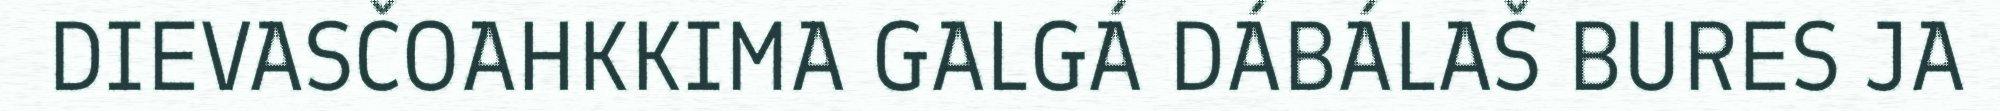
DIEVASČOAHKKIMA GALGÁ DÁBÁLAŠ BURES JA